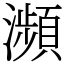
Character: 瀕